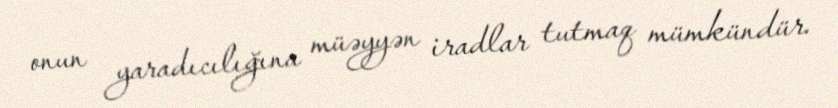
onun yaradıcılığına müəyyən iradlar tutmaq mümkündür.